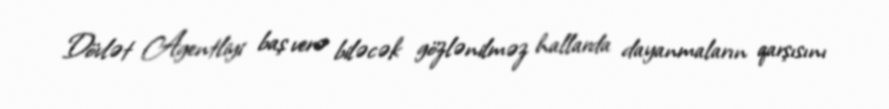
Dövlət Agentliyi baş verə biləcək gözlənilməz hallarda dayanmaların qarşısını